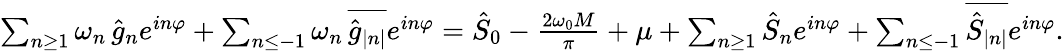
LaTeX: \begin{array}{r}{\sum_{n\geq 1}\omega_{n}\, \hat{g}_{n}e^{in\varphi}+\sum_{n\leq-1}\omega_{n}\, \overline{{\hat{g}_{|n|}}}e^{in\varphi}=\hat{S}_{0}-\frac{2\omega_{0}M}{\pi}+\mu+\sum_{n\geq 1}\hat{S}_{n}e^{in\varphi}+\sum_{n\leq-1}\overline{{\hat{S}_{|n|}}}e^{in\varphi}.}\end{array}